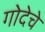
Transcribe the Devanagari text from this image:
गोदेचे